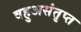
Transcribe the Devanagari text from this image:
वहुअसंतृप्त